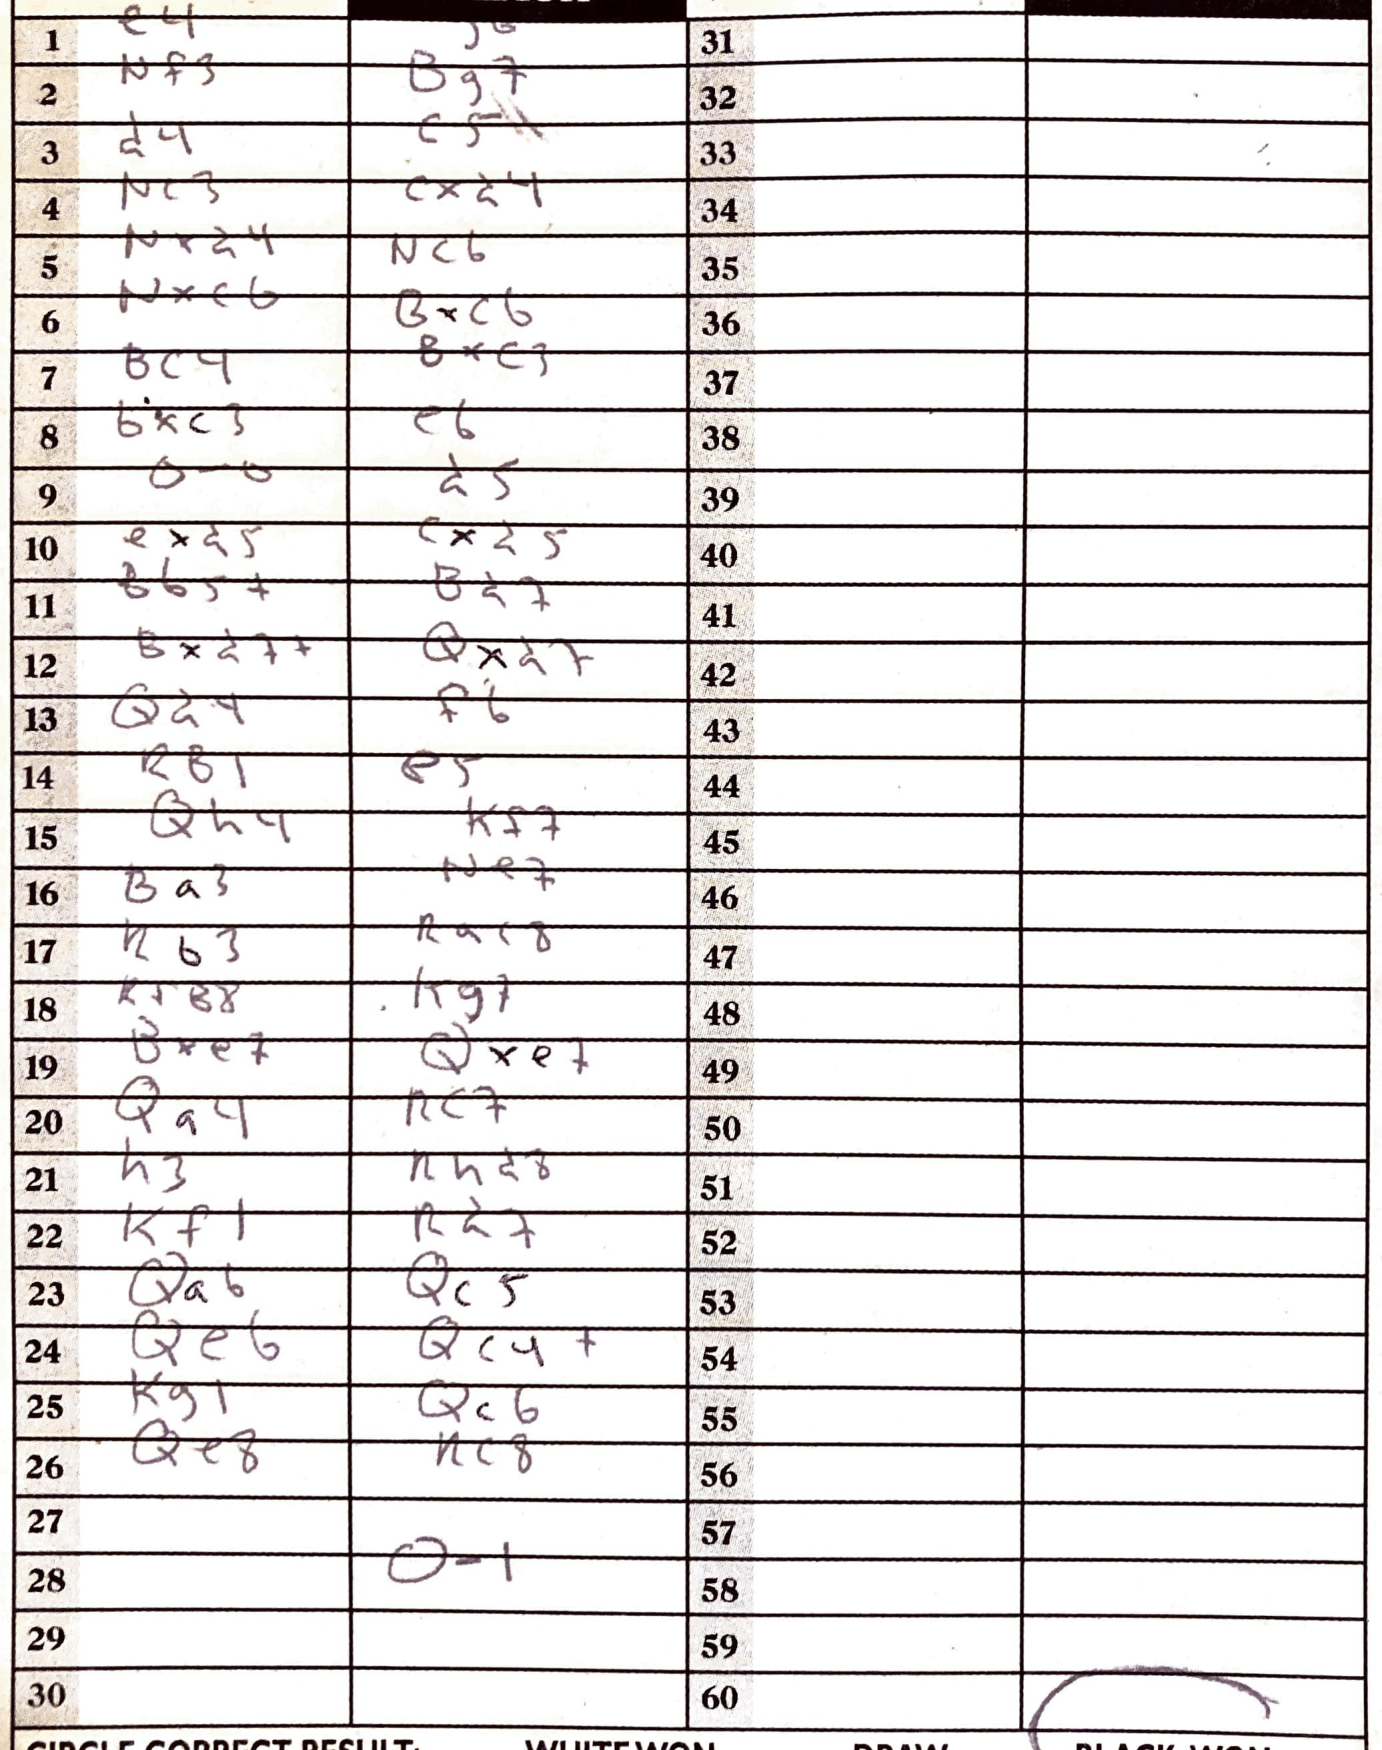
Moves: e4 Nf3 Bg7 d4 c5 Nc3 cxd4 Nxd4 Nc6 Nxc6 Bxc6 Bc4 Bxc3 bxc3 e6 O-O d5 exd5 exd5 Bb5+ Bd7 Bxd7+ Qxd7 Qd4 f6 RB1 e5 Qh4 Kf7 Ba3 Ne7 Rb3 Rac8 RfB8 Kg7 Bxe7 Qxe+ Qa4 Rc7 h3 Rhd8 Kf1 Qa6 Qc5 Qe6 Qc4+ Kg1 Qc6 Qe8 Rc8